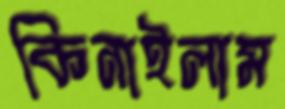
কিনাইলাম